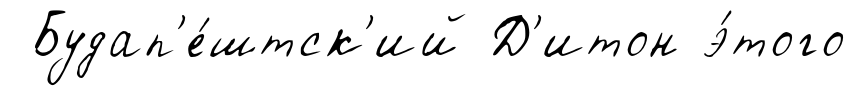
Будап'е́штск'ий Д'итон э́того